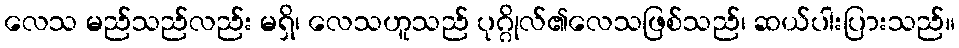
လေသ မည်သည်လည်း မရှိ၊ လေသဟူသည် ပုဂ္ဂိုလ်၏လေသဖြစ်သည်၊ ဆယ်ပါးပြားသည်။